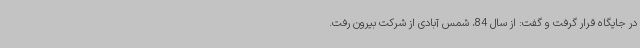
در جایگاه قرار گرفت و گفت: از سال 84، شمس آبادی از شرکت بیرون رفت.